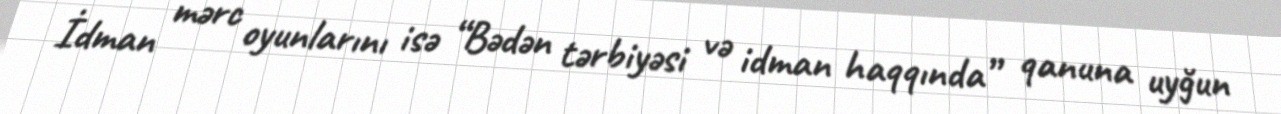
İdman mərc oyunlarını isə “Bədən tərbiyəsi və idman haqqında” qanuna uyğun